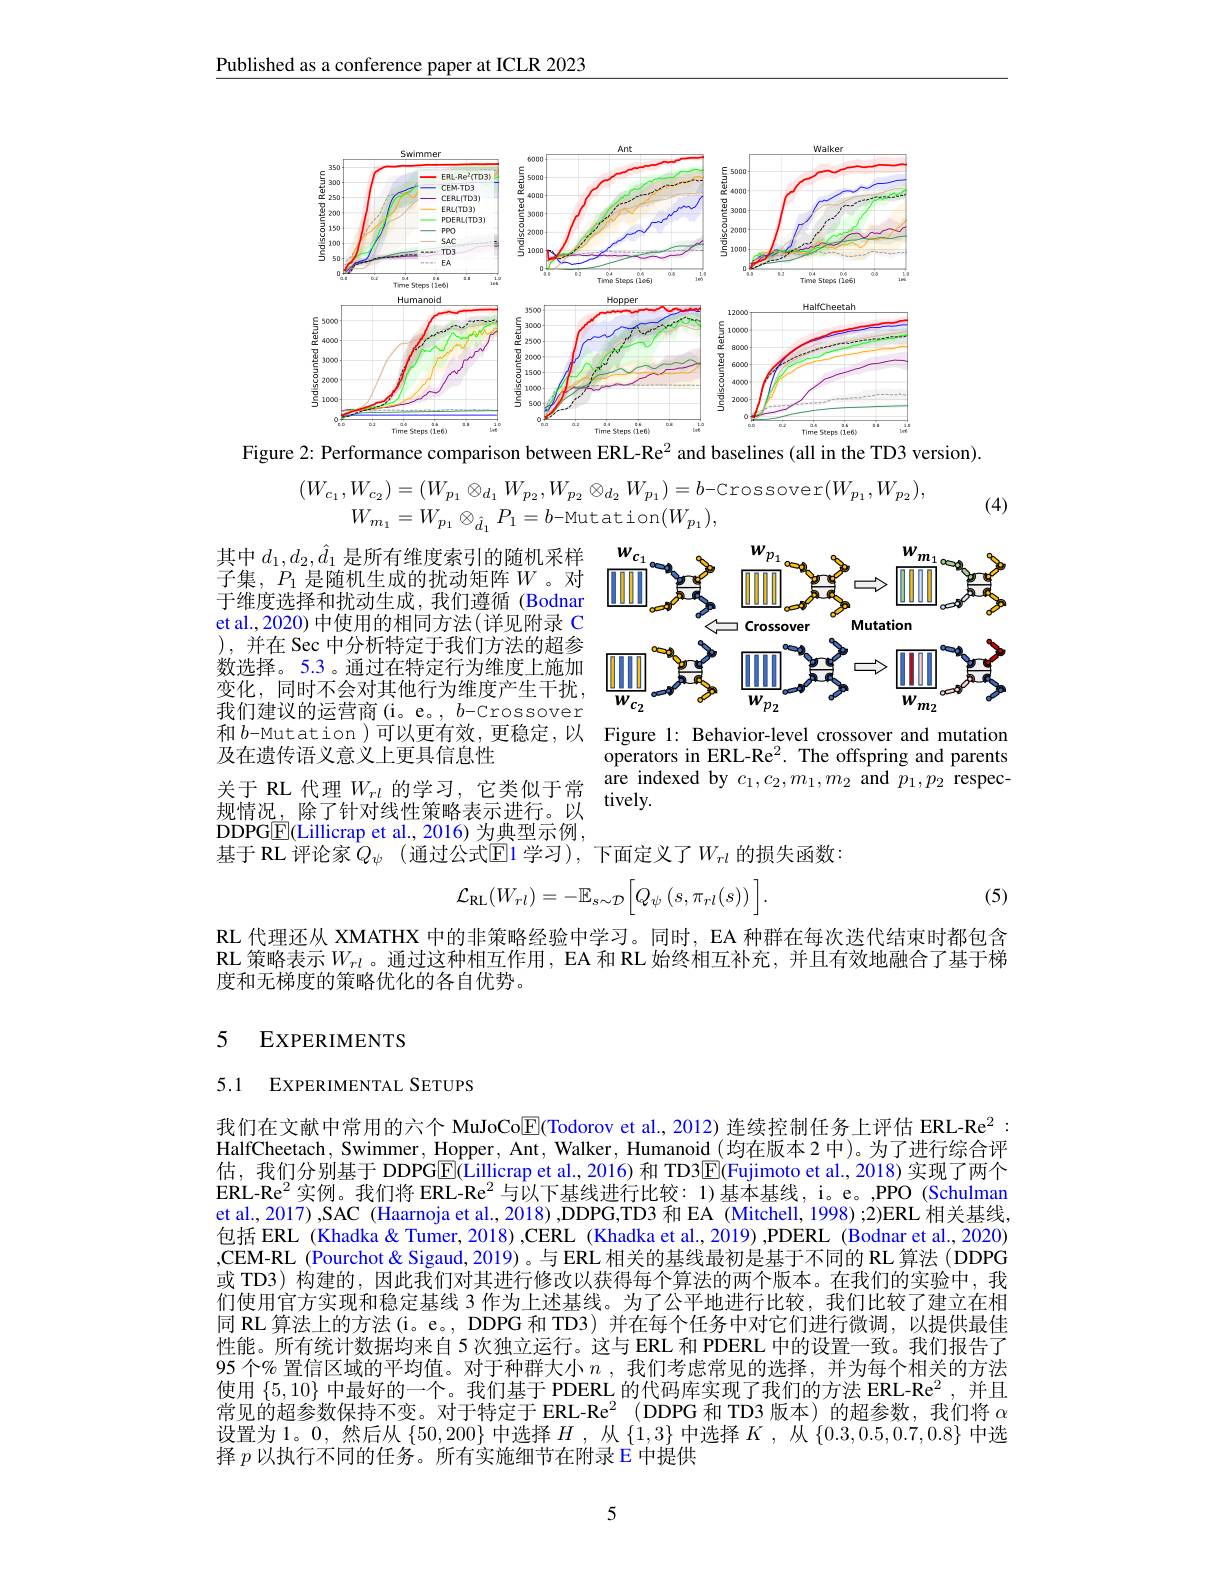
Published as a conference paper at ICLR 2023

<FigureHere>
Figure 2: Performance comparison between ERL-Re$^{2}$ and baselines (all in the TD3 version).
$$\begin{aligned}(W_{c_{1}},W_{c_{2}})&=(W_{p_{1}}\otimes_{d_{1}}W_{p_{2}},W_{p_{2}}\otimes_{d_{2}}W_{p_{1}})=b\mathrm{-Crossover}(W_{p_{1}},W_{p_{2}}),\\W_{m_{1}}&=W_{p_{1}}\otimes_{\hat{d}_{1}}P_{1}=b\mathrm{-Mutation}(W_{p_{1}}),\end{aligned}$$
(4)

<FigureHere>

其中$d_1,d_2,\hat{d}_1$是所有维度索引的随机采样子集，$P_1$是随机生成的扰动矩阵$W$。对于维度选择和扰动生成，我们遵循(Bodnar et al., 2020) 中使用的相同方法( 详见附录 C ),并在 Sec 中分析特定于我们方法的超参数选择。5.3 。通过在特定行为维度上施加变化，同时不会对其他行为维度产生干扰， 我们建议的运营商(i。e。, $b$-Crossover 和$b$-Mutation )可以更有效，更稳定，以 Figure 1: Behavior-level crossover and mutation
及在遗传语义意义上更具信息性
$\begin{array}{ll}\text{关于 RL 代理 }W_{rl}\text{ 的学习，它类似于常}&\hat{\text{are indexed by }c_1,c_2,m_1,m_2\text{ and }p_1,p_2\text{ respec-}}\\\text{规情况，除了针对线性策略表示进行。以}&\text{tively.}\\\end{array}$

operators in ERL-Re$^2.$ The offspring and parents

DDPGE(Lillicrap et al., 2016) 为典型示例，
基于 RL 评论家$Q_\psi$ (通过公式$\mathbb{E}$1 学习),下面定义了$W_rl$ 的损失函数：
$$\mathcal{L}_{\mathrm{RL}}(W_{rl})=-\mathbb{E}_{s\sim\mathcal{D}}\Big[Q_{\psi}\left(s,\pi_{rl}(s)\right)\Big].$$
(5)

RL 代理还从 XMATHX 中的非策略经验中学习。同时，EA 种群在每次迭代结束时都包含RL 策略表示$W_{rl}$。通过这种相互作用，EA 和 RL 始终相互补充，并且有效地融合了基于梯度和无梯度的策略优化的各自优势。

## 5 EXPERIMENTS

5.1 EXPERIMENTAL SETUPS

我们在文献中常用的六个 MuJoCo$\boxed{\mathbb{F}}$(Todorov et al., 2012) 连续控制任务上评估 ERL-Re$^{2}:$ HalfCheetach, Swimmer, Hopper, Ant, Walker, Humanoid (均在版本 2 中)。为了进行综合评估，我们分别基于 DDPG$\boxed{\mathrm{E}}($Lillicrap et al, 2016)和 TD3$\boxed{\mathrm{E}}($Fujimoto et al., 2018)实现了两个ERL-Re$^{2}$实例。我们将 ERL-Re$^{2}$与以下基线进行比较：1)基本基线，i。e。,PPO (Schulman et al., 2017) ,SAC (Haarnoja et al., 2018) ,DDPG,TD3 和 EA (Mitchell, 1998) ;2)ERL 相关基线， 包括 ERL (Khadka & Tumer, 2018) ,CERL (Khadka et al., 2019) ,PDERL (Bodnar et al., 2020) ,CEM-RL (Pourchot& Sigaud, 2019)。与 ERL 相关的基线最初是基于不同的 RL 算法 (DDPG 或 TD3) 构建的，因此我们对其进行修改以获得每个算法的两个版本。在我们的实验中，我们使用官方实现和稳定基线 3 作为上述基线。为了公平地进行比较，我们比较了建立在相同 RL 算法上的方法(i。e。, DDPG 和 TD3)并在每个任务中对它们进行微调，以提供最佳性能。所有统计数据均来自 5 次独立运行。这与 ERL 和 PDERL 中的设置一致。我们报告了95 个$\%$ 置信区域的平均值。对于种群大小 $n$ ,我们考虑常见的选择，并为每个相关的方法使用$\{5,10\}$中最好的一个。我们基于 PDERL 的代码库实现了我们的方法 ERL-Re$^2$ ,并且常见的超参数保持不变。对于特定于 ERL-Re$^{2}$(DDPG 和 TD3 版本)的超参数，我们将$\alpha$ 设置为1。0,然后从$\{50,200\}$中选择$H$,从$\{1,3\}$中选择$K$,从$\{0.3,0.5,0.7,0.8\}$中选择$p$以执行不同的任务。所有实施细节在附录 E 中提供

5